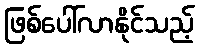
ဖြစ်ပေါ်လာနိုင်သည့်